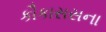
કૌકાસસના